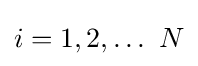
i=1,2,\ldots \ N